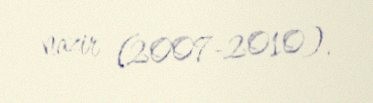
nazir (2007-2010).